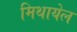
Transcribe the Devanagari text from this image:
मिथायेल